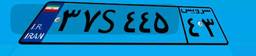
۳۷S۴۴۵۴۳